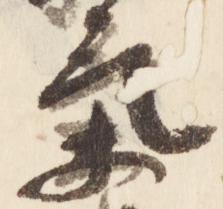
気